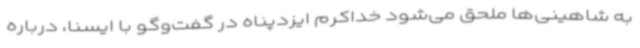
به شاهینی‌ها ملحق می‌شود خداکرم ایزدپناه در گفت‌وگو با ایسنا، درباره